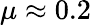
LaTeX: \mu\approx 0.2